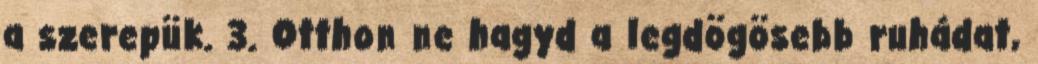
a szerepük. 3. Otthon ne hagyd a legdögösebb ruhádat,